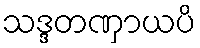
သဒ္ဒတဏှာယပိ